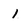
Character: 1